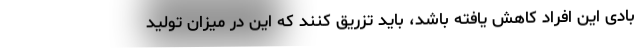
بادی این افراد کاهش یافته باشد، باید تزریق کنند که این در میزان تولید